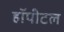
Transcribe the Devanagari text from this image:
हॉपीटल